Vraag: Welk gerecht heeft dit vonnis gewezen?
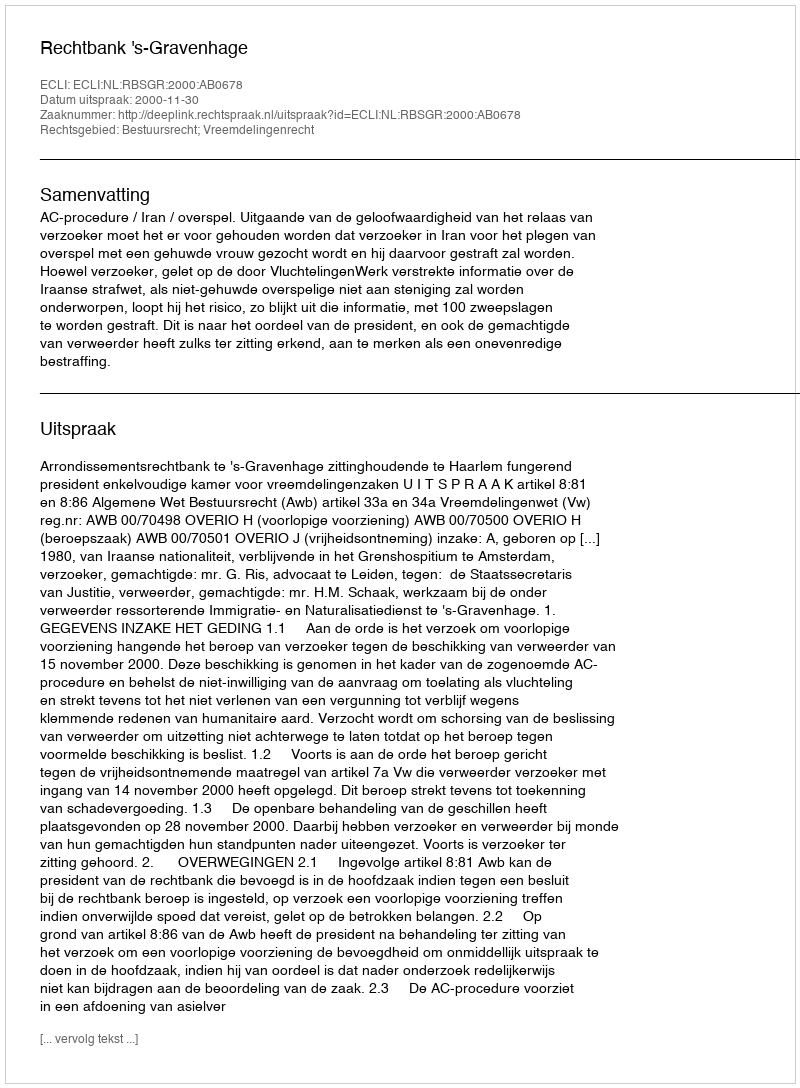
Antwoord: Rechtbank 's-Gravenhage